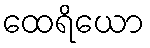
ထေရိယော